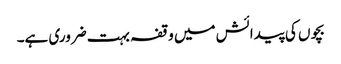
بچوں کی پیدائش میں وقفہ بہت ضروری ہے۔